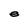
Character: e